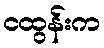
ငထွန်းက